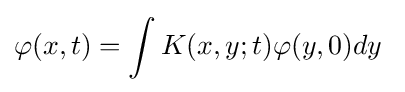
\varphi (x,t)=\int K(x,y;t)\varphi (y,0)dy~